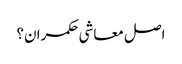
اصل معاشی حکمران؟